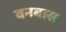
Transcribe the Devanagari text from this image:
वनबास